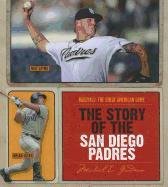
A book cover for The Story of the San Diego Padres (Baseball: the Great American Game); Michael E. Goodman; Teen & Young Adult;